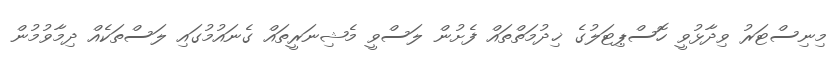
މިނިސްޓަރު ވިދާޅުވީ ހޮސްޕިޓަލުގެ ޚިދުމަތްތައް ފެށުން ލަސްވީ މެޝިނަރީތައް ގެނައުމުގައި ލަސްތަކެއް ދިމާވުމުން